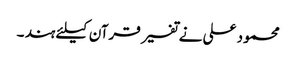
محمود علی نے تفسیر قرآن کیلئے ہند ۔